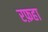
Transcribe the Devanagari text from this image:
रफ़हा